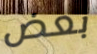
بعض